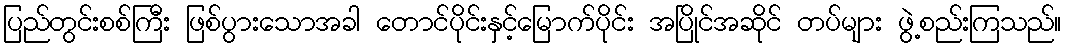
ပြည်တွင်းစစ်ကြီး ဖြစ်ပွားသောအခါ တောင်ပိုင်းနှင့်မြောက်ပိုင်း အပြိုင်အဆိုင် တပ်များ ဖွဲ့စည်းကြသည်။